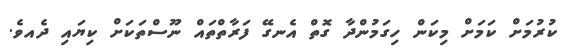
ކުރުމަށް ކަމަށް މިކަން ހިގަމުންދާ ގޮތް އެނގޭ ފަރާތްތައް ނޫސްތަކަށް ކިޔައި ދެއވެ.